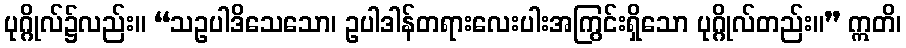
ပုဂ္ဂိုလ်၌လည်း။ “သဥပါဒိသေသော၊ ဥပါဒါန်တရားလေးပါးအကြွင်းရှိသော ပုဂ္ဂိုလ်တည်း။” ဣတိ၊